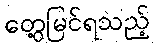
တွေ့မြင်ရသည့်